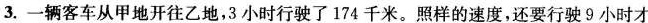
3.一辆客车从甲地开往乙地，3小时行驶了174千米。照样的速度，还要行驶9小时才